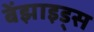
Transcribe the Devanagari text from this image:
बेंझाइड्स